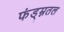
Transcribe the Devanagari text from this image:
फंड्म्नतल